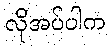
လိုအပ်ပါက